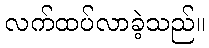
လက်ထပ်လာခဲ့သည်။